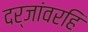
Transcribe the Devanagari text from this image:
दर्जांवरहि